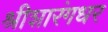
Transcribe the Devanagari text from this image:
श्रीशारंगधर